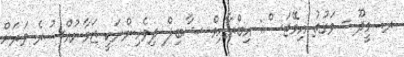
ރ. މީދޫ - ވަގުތު އިމޭޖަސް: އިބްރާހިމް ޝާބިލް ދިވެހިންނަކީ ޒަމާނުއްސުރެ ވަރަށް